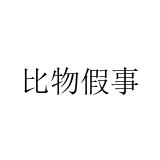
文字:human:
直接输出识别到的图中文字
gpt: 比物假事